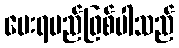
ပေးရမည်ဖြစ်ပါသည်